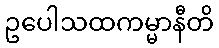
ဥပေါသထကမ္မာနီတိ